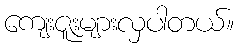
ကျေးဇူးများလှပါတယ်။